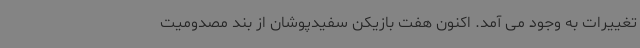
تغییرات به وجود می آمد. اکنون هفت بازیکن سفیدپوشان از بند مصدومیت